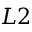
L 2